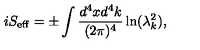
i S _ { \mathrm { e f f } } = \pm \int { \frac { d ^ { 4 } x d ^ { 4 } k } { ( 2 \pi ) ^ { 4 } } } \ln ( \lambda _ { k } ^ { 2 } ) ,